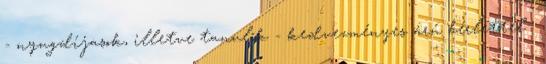
- nyugdíjasok, illetve tanulók - kedvezményes árú bérlettel .